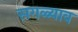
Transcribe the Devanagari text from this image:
सगळ्याव